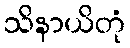
သိနာယိတုံ